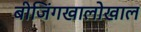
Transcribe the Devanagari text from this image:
बीजिंगखालोखाल